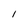
Character: 1